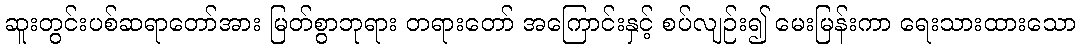
ဆူးတွင်းပစ်ဆရာတော်အား မြတ်စွာဘုရား တရားတော် အကြောင်းနှင့် စပ်လျဉ်း၍ မေးမြန်းကာ ရေးသားထားသော